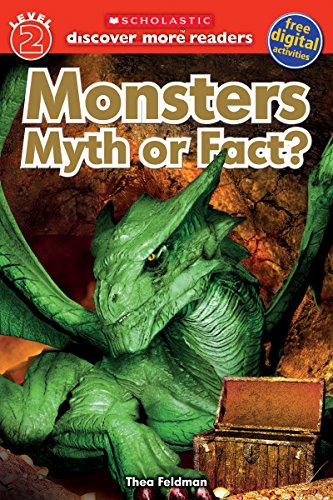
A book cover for Monsters: Myth or Fact (Scholastic Discover More Reader, Level 2); Scholastic; Children's Books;